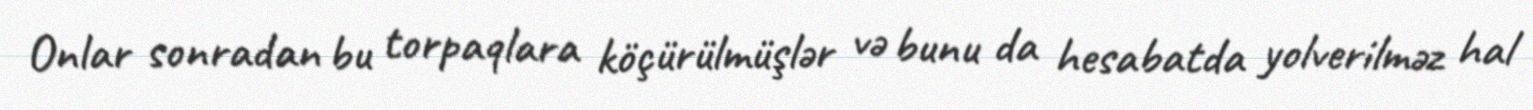
Onlar sonradan bu torpaqlara köçürülmüşlər və bunu da hesabatda yolverilməz hal